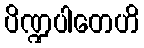
ပိဏ္ဍပါတေဟိ